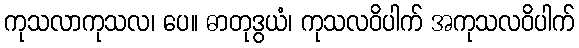
ကုသလာကုသလ၊ ပေ။ ဓာတုဒွယံ၊ ကုသလဝိပါက် အကုသလဝိပါက်